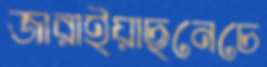
জারাইয়াছনেচে